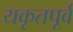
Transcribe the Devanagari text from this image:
यकृतपूर्व